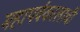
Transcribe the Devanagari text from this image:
महापर्वकालाची